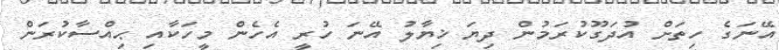
އޭނަގެ ހިތަށް އުދަގޫކުރަމުން ދިޔަ ޚިޔާލު އޭނަ ހުރީ އެހެން މީހަކާއި ޙިއްސާކުރަން